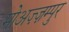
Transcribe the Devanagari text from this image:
मोअज़्ज़म्पुर